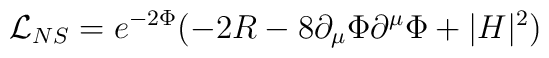
\mathcal{L}_{NS}=e^{-2\Phi}(-2R-8\partial_\mu\Phi\partial^\mu\Phi+|H|^2)